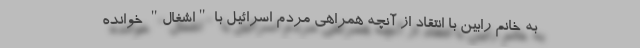
به خانم رابین با انتقاد از آنچه همراهی مردم اسرائیل با "اشغال" خوانده